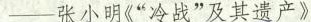
——张小明《”冷战”及其遗产》